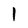
Character: 1